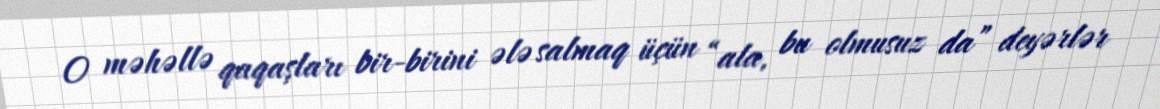
O məhəllə qaqaşları bir-birini ələ salmaq üçün “ala, bu olmusuz da” deyərlər